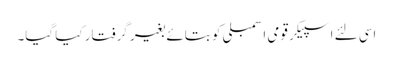
اسی لئے اسپیکر قومی اسمبلی کو بتائے بغیر گرفتار کیا گیا۔